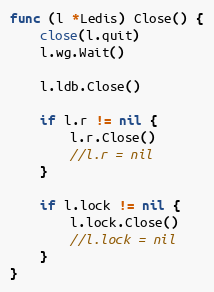
Language: Go
func (l *Ledis) Close() {
	close(l.quit)
	l.wg.Wait()

	l.ldb.Close()

	if l.r != nil {
		l.r.Close()
		//l.r = nil
	}

	if l.lock != nil {
		l.lock.Close()
		//l.lock = nil
	}
}